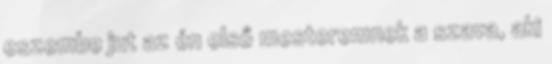
eszembe jut az én első mesteremnek a szava, aki